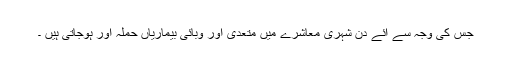
جس کی وجہ سے آئے دن شہری معاشرے میں متعدی اور وبائی بیماریاں حملہ آور ہوجاتی ہیں ۔